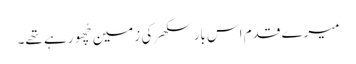
میرے قدم اس بار سکھر کی زمین چُھو رہے تھے۔